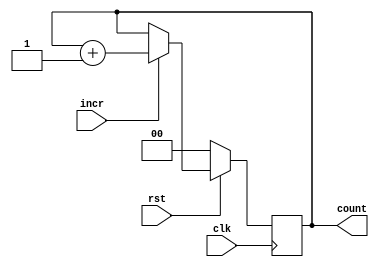
module counter #(parameter count_param=3, data_width=2 )( 
           input incr,
		   input clk,rst,
		   output reg [data_width-1:0] count);
//----Counter reg---------//

always@ (posedge clk ) 
  begin
    if(!rst) 
	  count <= 'd0;
	else 
	 begin
	 if (incr =='b1)
	  count <= count +'d1;
	 else 
	  count <= count; 
	 end
  end



endmodule